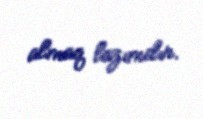
almaq lazımdır.